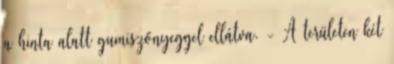
a hinta alatt gumiszőnyeggel ellátva. - A területen két